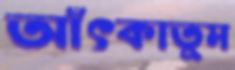
আঁৎকাতুম